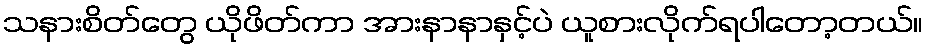
သနားစိတ်တွေ ယိုဖိတ်ကာ အားနာနာနှင့်ပဲ ယူစားလိုက်ရပါတော့တယ်။